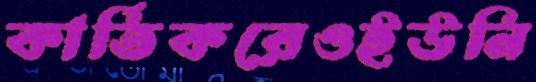
কার্তিকরেওইউনি